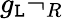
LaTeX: g_{\mathtt{L}}\neg_{R}